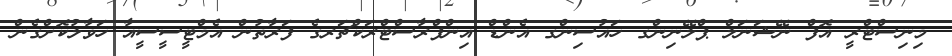
މިނިސްޓްރީ އޮފް ނޭޝަނަލް ޕްލޭނިންގ ހައުސިންގ އެންޑް އިންފްރާސްޓްރަކްޗަރގެ ފަރާތުން އެމްޓީސީސީއާ ހަވާލުކޮށްގެން